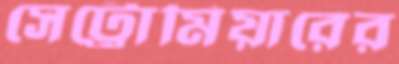
সেট্রোমিয়ারের